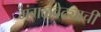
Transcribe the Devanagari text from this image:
मंगळवेढ्याची